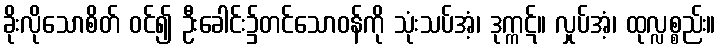
ခိုးလိုသောစိတ် ဝင်၍ ဦးခေါင်း၌တင်သောဝန်ကို သုံးသပ်အံ့၊ ဒုက္ကဋ်။ လှုပ်အံ့၊ ထုလ္လစ္စည်း။